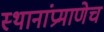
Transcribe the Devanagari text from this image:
स्थानांप्रमाणेच